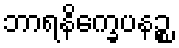
ဘာရနိက္ခေပနဉ္စ